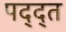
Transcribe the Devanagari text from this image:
पद्द्त